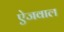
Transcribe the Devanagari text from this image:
ऐजवाल